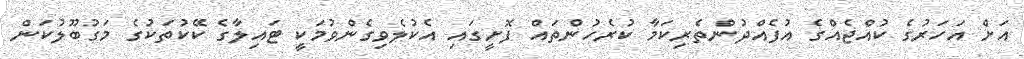
އަށް އަހަރުގެ ކުއްޖެއްގެ އުފެއްދުންތެރިކަމާ ކުރެހުންތައް ފޮށީގައި އެކުލެވިގެންވުމަކީ ޓައިލާގެ ކޭކުތަކުގެ މަގުބޫލުކަން